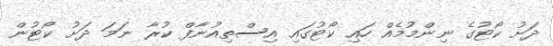
ދަށު ކޯޓުގެ ނިންމުމެއް ހައި ކޯޓުގައި އިސްތިއުނާފް ކުރާ ނަމަ ދަށު ކޯޓުން